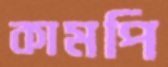
কামপি